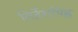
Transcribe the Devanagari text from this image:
निर्देशचिह्न